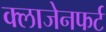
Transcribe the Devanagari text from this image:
क्लाजेनफर्ट